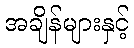
အချိန်များနှင့်